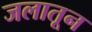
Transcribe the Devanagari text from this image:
जलातून